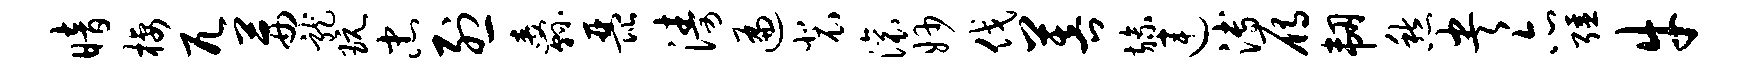
暗栖兀茜龙玩忠烈纛琵涛遍裴滚妙伐菩旒连溥雁韧愁央亦强牛